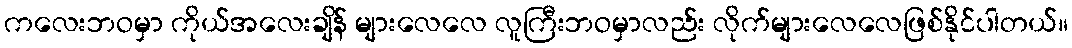
ကလေးဘဝမှာ ကိုယ်အလေးချိန် များလေလေ လူကြီးဘဝမှာလည်း လိုက်များလေလေဖြစ်နိုင်ပါတယ်။